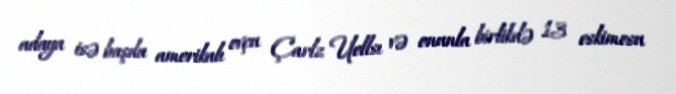
adaya isə başda amerikalı ovçu Çarlz Uellsı və onunla birlikdə 13 eskimosu